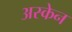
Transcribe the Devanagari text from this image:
अस्केन